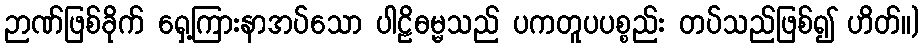
ဉာဏ်ဖြစ်ခိုက် ရှေ့ကြားနာအပ်သော ပါဠိဓမ္မသည် ပကတူပပစ္စည်း တပ်သည်ဖြစ်၍ ဟိတ်။)